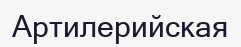
Артилерийская